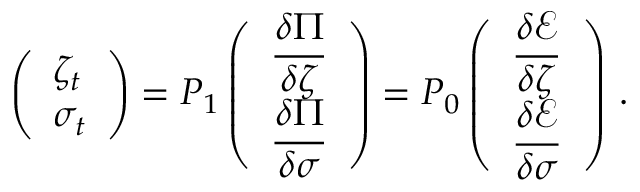
\left( \begin{array} { l } { \medskip \zeta _ { t } } \\ { \sigma _ { t } } \end{array} \right) = P _ { 1 } \left( \begin{array} { l } { \medskip \displaystyle \frac { \delta \Pi } { \delta \zeta } } \\ { \displaystyle \frac { \delta \Pi } { \delta \sigma } } \end{array} \right) = P _ { 0 } \left( \begin{array} { l } { \medskip \displaystyle \frac { \delta \mathcal E } { \delta \zeta } } \\ { \displaystyle \frac { \delta \mathcal E } { \delta \sigma } } \end{array} \right) \, .